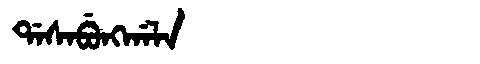
Manchu: ᡩᠠᠰᠠᠪᡠᠩᡤᠠᠯᠠ
Romanization: DASABUNGGALA